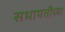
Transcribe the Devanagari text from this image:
सभापतीच्या